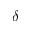
\delta